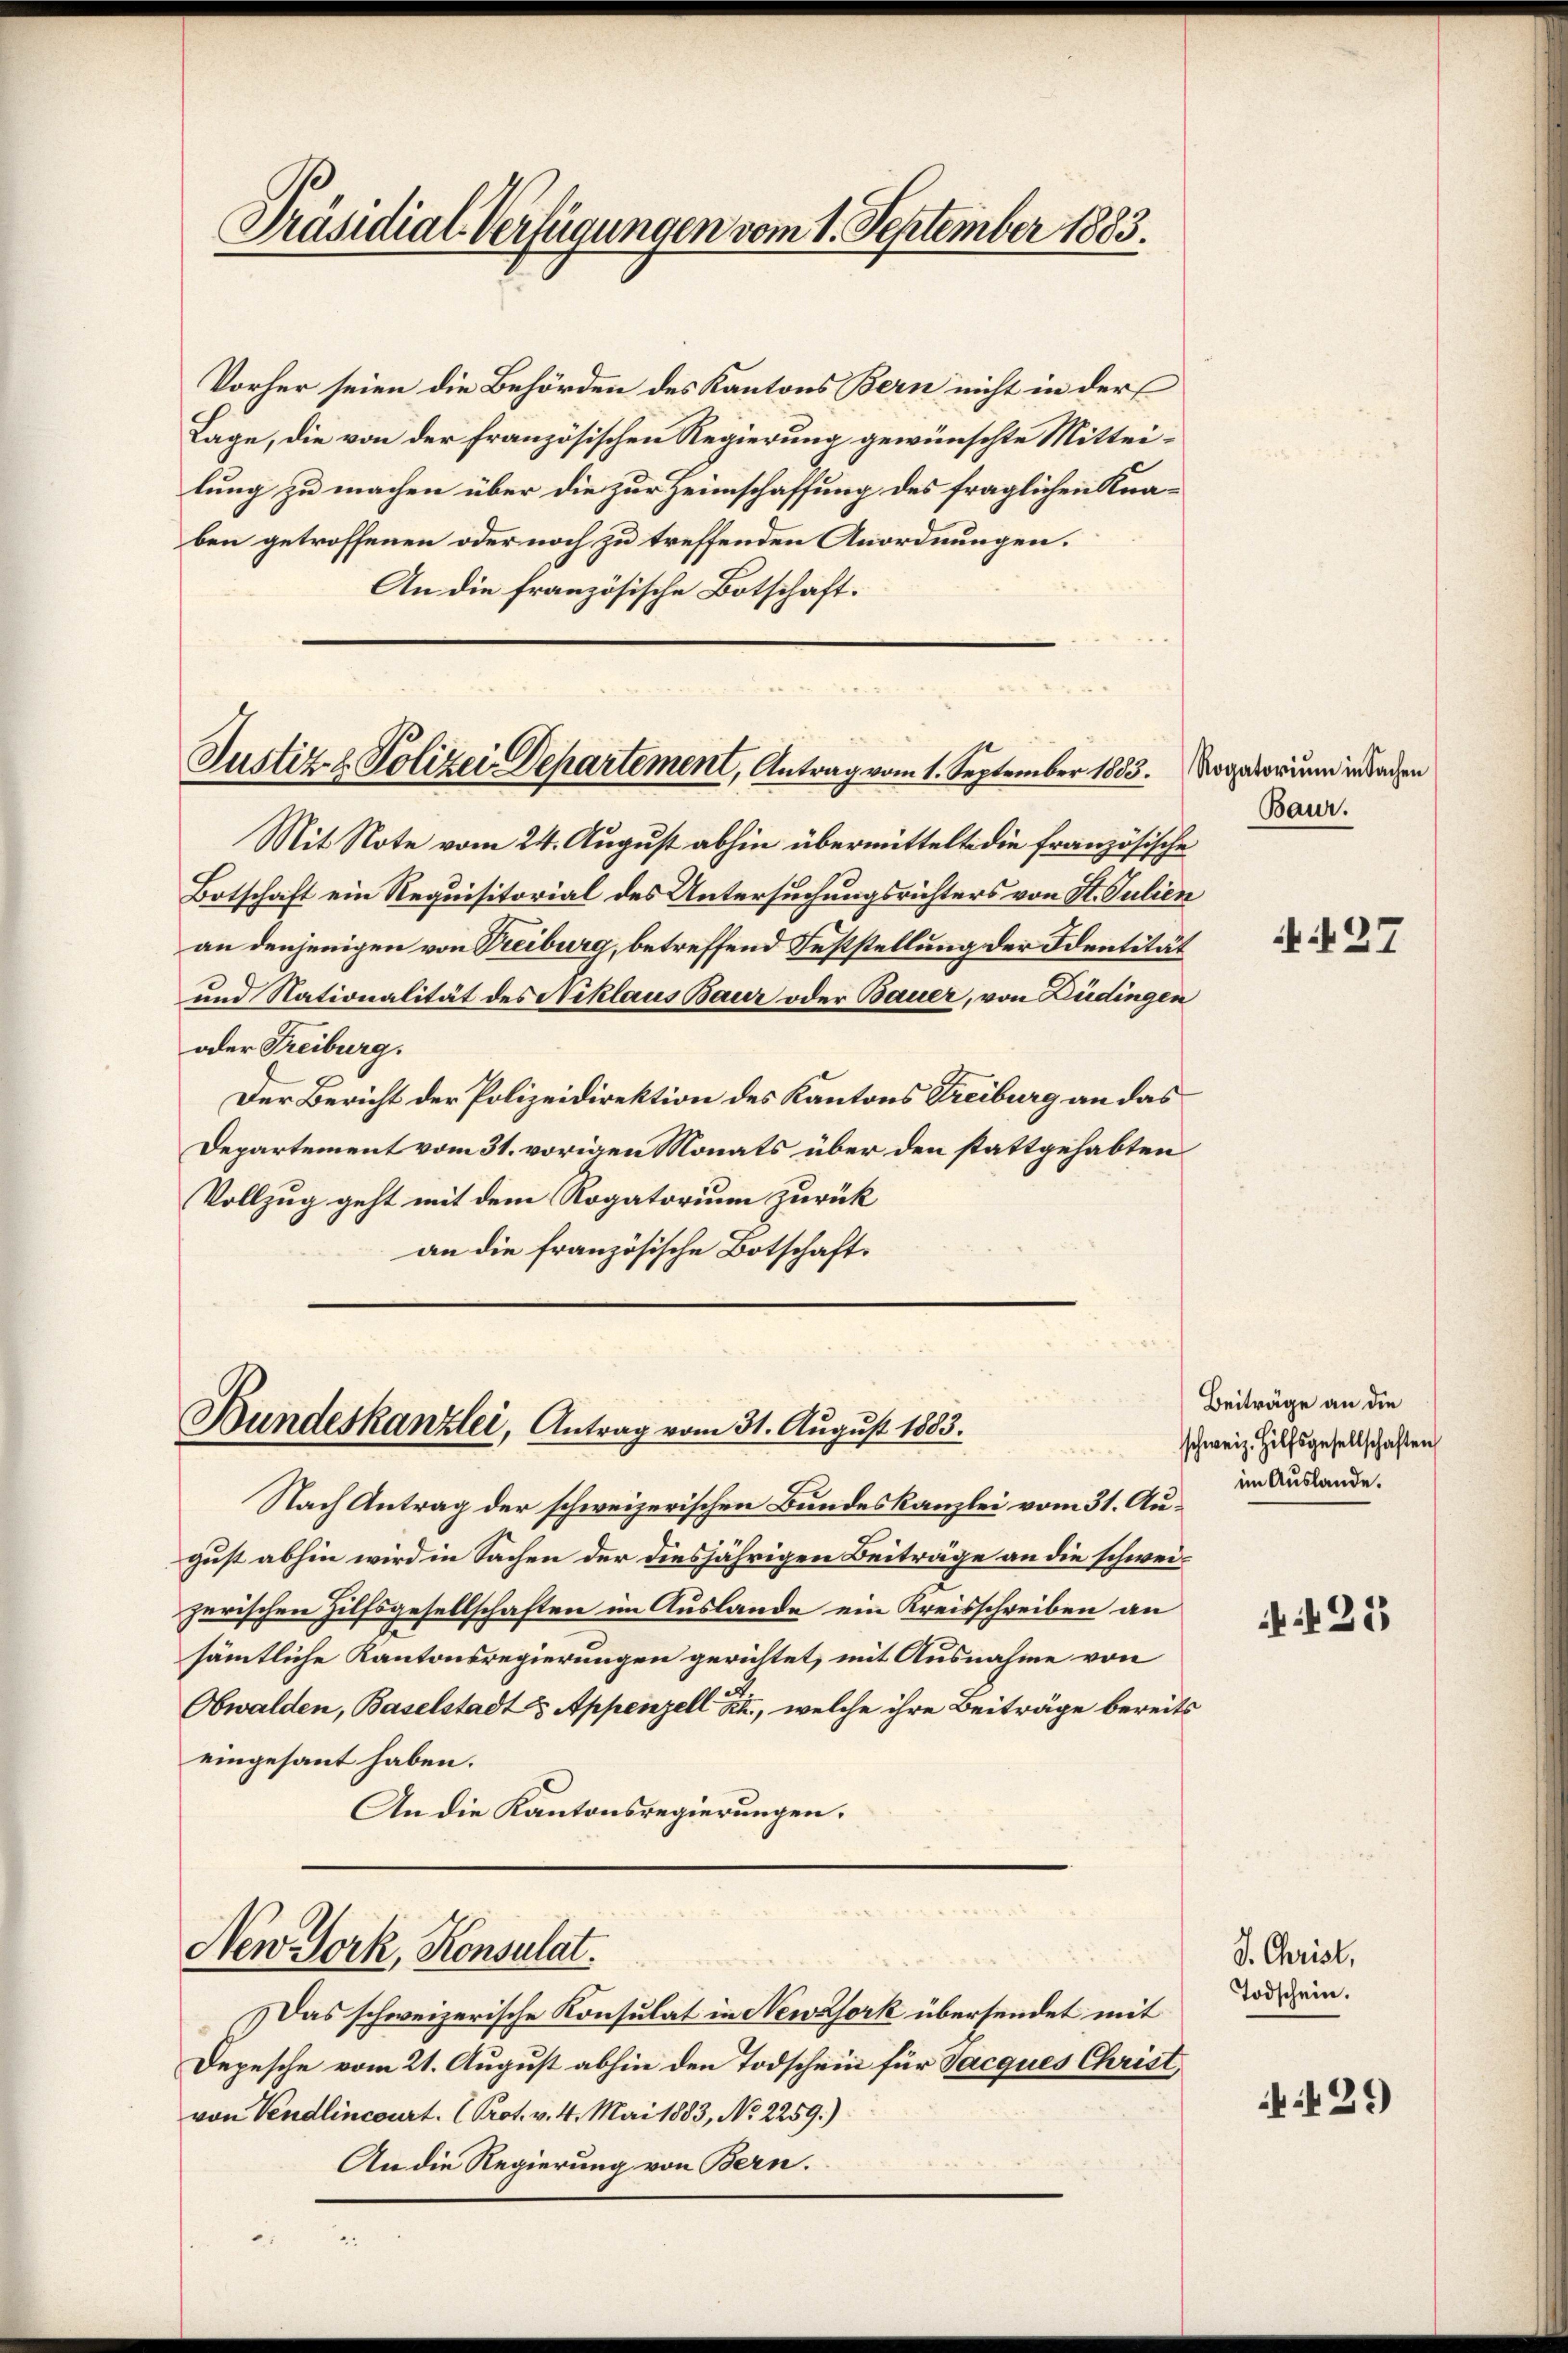
Präsidial-Verfügungen vom 1. September 1883.

Vorher seien die Behörden des Kantons Bern nicht in der
Lage, die von der französischen Regierung gewünschte Mitteilung zu machen über die zur Heimschaffung des fraglichen Knaben getroffenen oder noch zu treffenden Anordnungen.
An die französische Botschaft.

Justiz- & Polizei Departement, Antrag vom 1. September 1883. Novatorium in Sachen

Bundeskanzlei, Antrag vom 31. August 1883.

New York, Konsulat.

Nach Antrag der schweizerischen Bundeskanzlei vom 31. August abhin wird in Sachen der diesjährigen Beiträge an die schweizerischen Hilfsgesellschaften im Auslande ein Kreisschreiben an
sämmtliche Kantonsregierungen gerichtet, mit Ausnahme von
Obwalden, Baselstadt & Appenzell Kt., welche ihre Beiträge bereits
eingesant haben.
An die Kantonsregierungen.

Das schweizerische Konsulat in Newsork übersendet mit
Depesche vom 21. August abhin den Todschein für Jacques Christ,
von Vendlincourt. (Prot. v. 4. Mai 1883, No 2259.)
An die Regierung von Bern.

Mit Note vom 24. August abhin übermittelte die französische
Botschaft ein Requisitorial des Untersuchungsrichters von St. Julien
an denjenigen von Treiburg, betreffend Feststellung der Identität
und Nationalität des Niklaus Baur oder Bauer, von Büdingen
oder Freiburg.
Der Bericht der Polizeidirektion des Kantons Treiburg an das
Departement vom 31. vorigen Monats über den stattgehabten
Vollzug geht mit dem Rogatorium zurück
an die französische Botschaft.

Baur.

NN27

Beiträge an die
schweiz. Hilfsgesellschaften
im Auslande.

125

J. Christ,
Todschein.

429